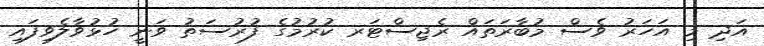
އަދި މި އަހަރު ވެސް މުބާރަތައް ރެޖިސްޓަރ ކުރުމުގެ ފުރުސަތު ވަނީ ހުޅުވާލެވިފައި